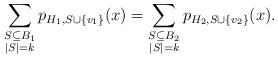
LaTeX: \begin{align*}\sum_{\substack{S\subseteq B_1\\|S|=k}}p_{H_1,S\cup\{v_1\}}(x)=\sum_{\substack{S\subseteq B_2\\|S|=k}}p_{H_2,S\cup\{v_2\}}(x).\end{align*}